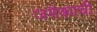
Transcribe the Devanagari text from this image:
जमैकाची